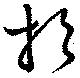
於